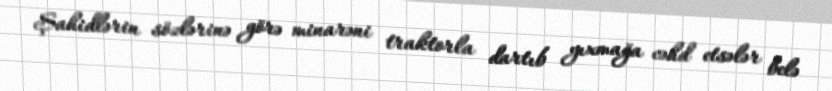
Şahidlərin sözlərinə görə minarəni traktorla dartıb yıxmağa cəhd etsələr belə